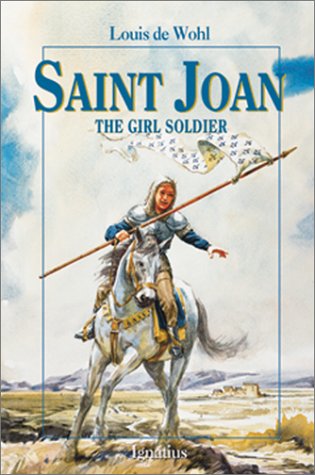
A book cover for Saint Joan: The Girl Soldier (Vision Books); Louis de Wohl; Teen & Young Adult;